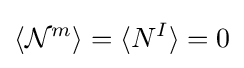
\langle {\mathcal {N}}^{m}\rangle =\langle N^{I}\rangle =0